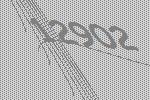
12902